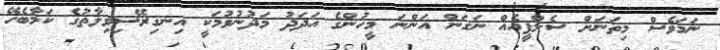
ނަމަވެސް މިތަނަށް ސެލްފީއެއް ނަގަން އަންނަ މީހުންގެ އަދަދު މަދުނުވުމަކީ އިނގިރޭސިވިލާތުގެ ކަމާބެހޭ